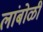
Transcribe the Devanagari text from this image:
लांबोळी